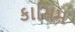
કાસિમ